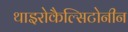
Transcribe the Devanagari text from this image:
थाइरोकैल्सिटोनीन